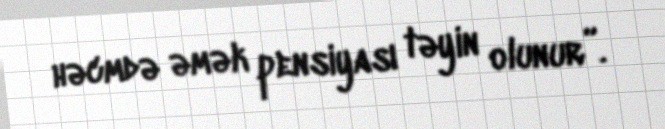
həcmdə əmək pensiyası təyin olunur”.